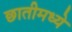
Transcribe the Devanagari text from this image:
छातीमध्ये